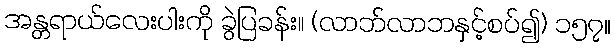
အန္တရာယ်လေးပါးကို ခွဲပြခန်း။ (လာဘ်လာဘနှင့်စပ်၍) ၁၅၇။